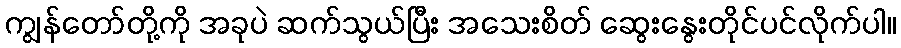
ကျွန်တော်တို့ကို အခုပဲ ဆက်သွယ်ပြီး အသေးစိတ် ဆွေးနွေးတိုင်ပင်လိုက်ပါ။